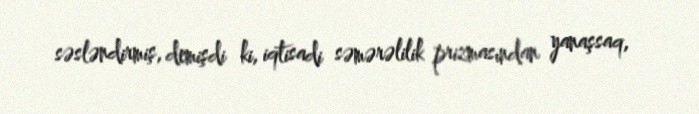
səsləndirmiş, demişdi ki, iqtisadi səmərəlilik prizmasından yanaşsaq,